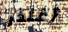
أعتذر